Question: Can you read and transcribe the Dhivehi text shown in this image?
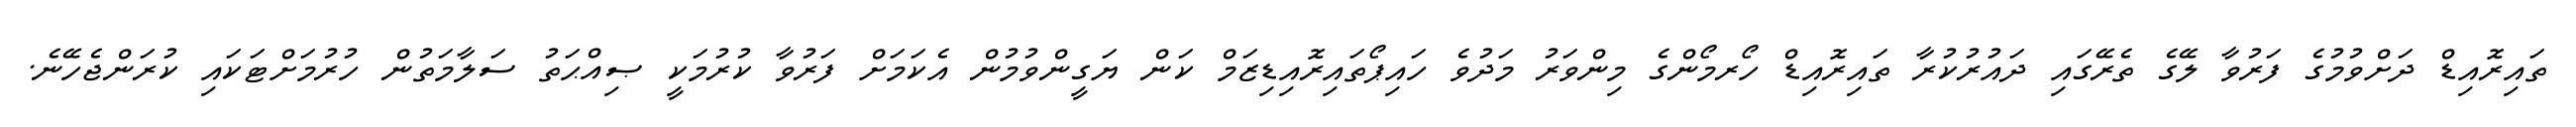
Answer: ތައިރޮއިޑް ދަށްވުމުގެ ފަރުވާ ލޭގެ ތެރޭގައި ދައުރުކުރާ ތައިރޮއިޑް ހޯރމޯންގެ މިންވަރު މަދުވެ ހައިޕޯތައިރޮއިޑިޒަމް ކަން ޔަގީންވުމުން އެކަމަށް ފަރުވާ ކުރުމަކީ ޞިއްޙަތު ސަލާމަތުން ހުރުމަށްޓަކައި ކުރަންޖެހޭނެ.